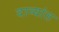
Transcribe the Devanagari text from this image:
दाव्यांत